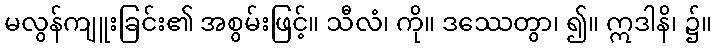
မလွန်ကျူးခြင်း၏ အစွမ်းဖြင့်။ သီလံ၊ ကို။ ဒဿေတွာ၊ ၍။ ဣဒါနိ၊ ၌။